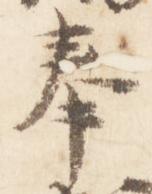
奉